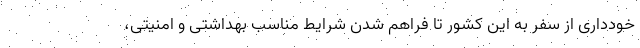
خودداری از سفر به این کشور تا فراهم شدن شرایط مناسب بهداشتی و امنیتی،